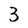
Character: 3